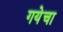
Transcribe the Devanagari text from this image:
गयेचा